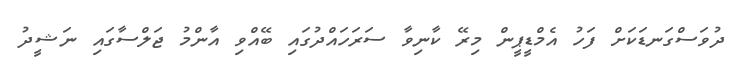
ދުވަސްގަނޑަކަށް ފަހު އެމްޑީޕީން މިރޭ ކާނިވާ ސަރަހައްދުގައި ބޭއްވި އާންމު ޖަލްސާގައި ނަޝީދު